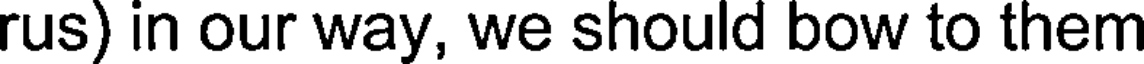
rus) in our way, we should bow to them